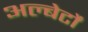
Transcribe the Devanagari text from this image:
अल्बेर्टों